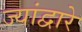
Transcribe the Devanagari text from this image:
ज्यांद्वारे